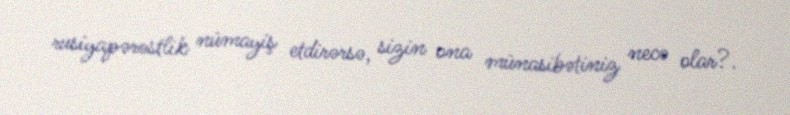
rusiyapərəstlik nümayiş etdirərsə, sizin ona münasibətiniz necə olar?.